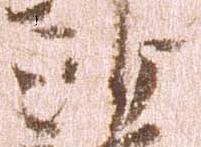
沙